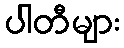
ပါတီများ